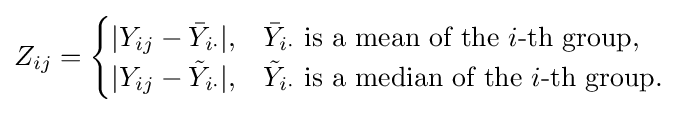
Z_{ij}={\begin{cases}|Y_{ij}-{\bar {Y}}_{i\cdot }|,&{\bar {Y}}_{i\cdot }{\text{ is a mean of the }}i{\text{-th group}},\\|Y_{ij}-{\tilde {Y}}_{i\cdot }|,&{\tilde {Y}}_{i\cdot }{\text{ is a median of the }}i{\text{-th group}}.\end{cases}}